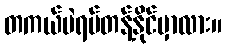
တကယ်ပဲရပ်တန့်နိုင်မှာလား။